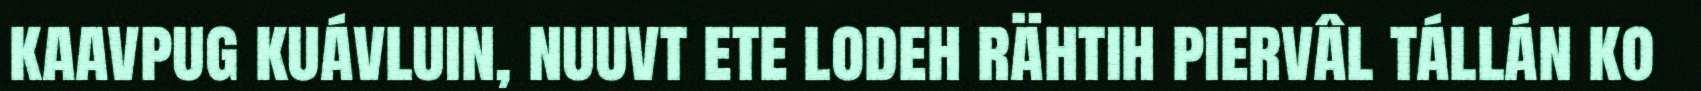
kaavpug kuávluin, nuuvt ete lodeh rähtih piervâl tállán ko